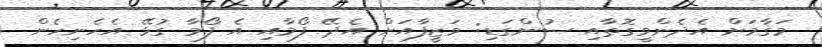
މަޤާމަށް އެދެންވީގޮތާއި ސުންގަޑި: ވަޒީފާއަށް އެދޭ ފޯމާއި އެ ފޯމާ ގުޅޭ އެހެނިހެން